Report on malaria in the Punjab during the year ...  together with an account of the work of the Punjab Malaria Bureau - Volume 4
Disease focus: Malaria
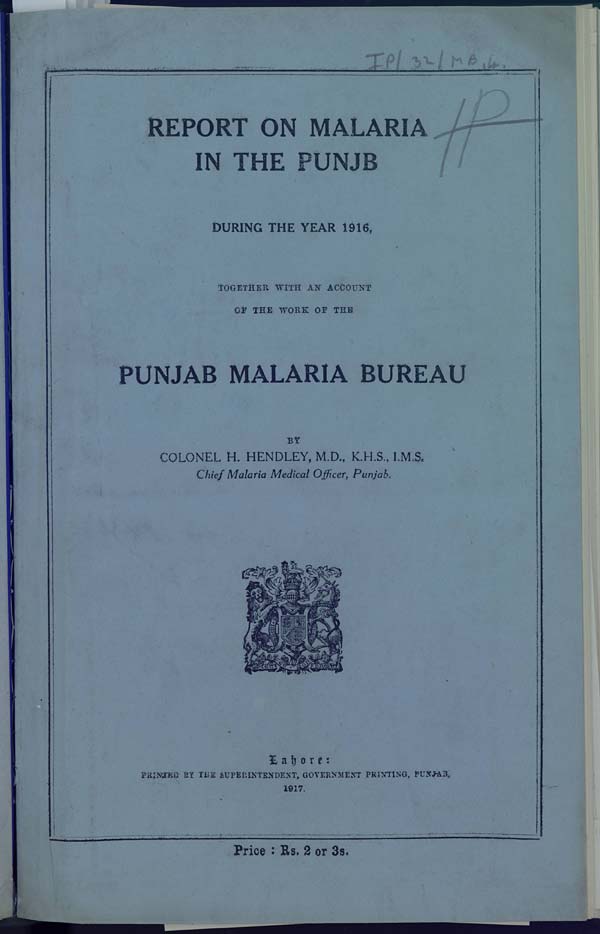
REPORT ON MALARIA
IN THE PUNJB
DURING THE YEAR 1916,
TOGETHER WITH AN ACCOUNT
OF THE WORK OF THE
PUNJAB MALARIA BUREAU
BY
COLONEL H. HENDLEY, M.D., K.H.S., I.M.S.
Chief Malaria Medical Officer, Punjab.
Lahore:
PRINTED BY THE SUPERINTENDENT, GOVERNMENT PRINTING, PUNJAB.
1917.
Price: Rs. 2 or 3s.